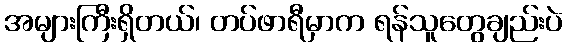
အများကြီးရှိတယ်၊ တပ်ဖာရီမှာက ရန်သူတွေချည်းပဲ